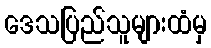
ဒေသပြည်သူများထံမှ